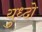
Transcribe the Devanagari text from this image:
युध्दो